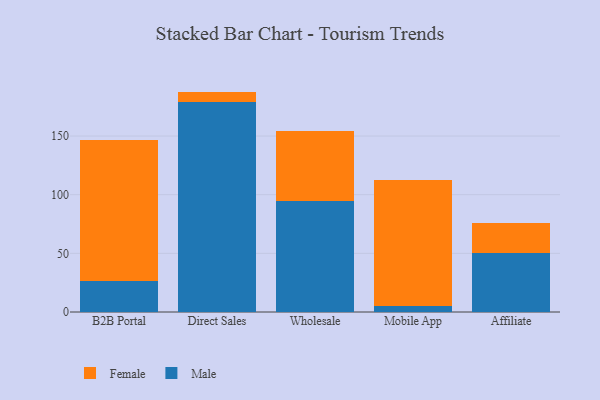
{"axis": {"x": "Channel", "y": "Backlog"}, "legend": ["Female", "Male"], "data": [{"x": "B2B Portal", "y": 26.8, "type": "Male"}, {"x": "B2B Portal", "y": 119.5, "type": "Female"}, {"x": "Direct Sales", "y": 178.7, "type": "Male"}, {"x": "Direct Sales", "y": 9.2, "type": "Female"}, {"x": "Wholesale", "y": 94.7, "type": "Male"}, {"x": "Wholesale", "y": 59.7, "type": "Female"}, {"x": "Mobile App", "y": 5.4, "type": "Male"}, {"x": "Mobile App", "y": 107.2, "type": "Female"}, {"x": "Affiliate", "y": 50.1, "type": "Male"}, {"x": "Affiliate", "y": 25.9, "type": "Female"}]}